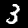
Label: 3